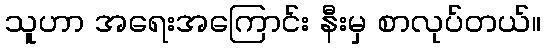
သူဟာ အရေးအကြောင်း နီးမှ စာလုပ်တယ်။